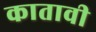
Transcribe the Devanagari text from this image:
कातावी